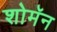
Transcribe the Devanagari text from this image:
शोमॅन